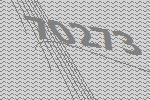
70273